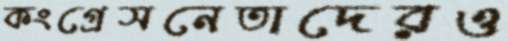
কংগ্রেসনেতাদেরও